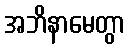
အဘိနာမေတွာ